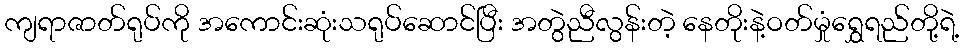
ကျရာဇာတ်ရုပ်ကို အကောင်းဆုံးသရုပ်ဆောင်ပြီး အတွဲညီလွန်းတဲ့ နေတိုးနဲ့ဝတ်မှုံရွှေရည်တို့ရဲ့